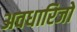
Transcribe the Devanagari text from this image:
अवधारिजो